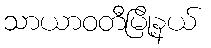
သာယာဝတီမြို့နယ်